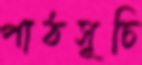
পাঠসূচি